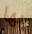
بها